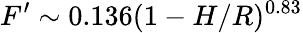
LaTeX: F^{\prime}\sim 0.136(1-H/R)^{0.83}